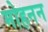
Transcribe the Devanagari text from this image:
मोहनन